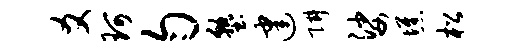
爻珂匀塾建阱娑憔松